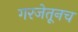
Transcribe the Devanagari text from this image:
गरजेतूनच